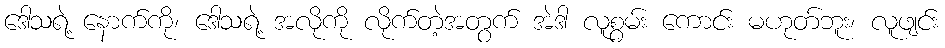
ဒေါသရဲ့ နောက်ကို၊ ဒေါသရဲ့ အလိုကို လိုက်တဲ့အတွက် အဲဒါ လူစွမ်း ကောင်း မဟုတ်ဘူး၊ လူဖျင်း